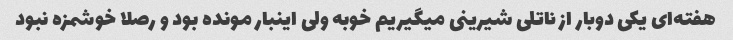
هفته‌ای یکی دوبار از ناتلی شیرینی میگیریم خوبه ولی اینبار مونده بود و رصلا خوشمزه نبود